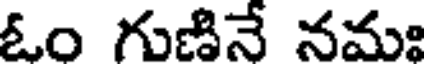
ఓం గుణినే నమః